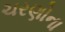
ચરણોના